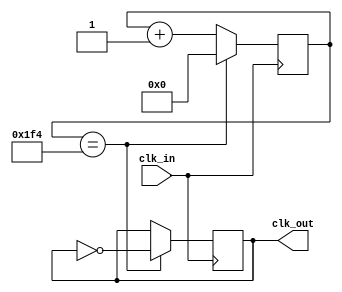
module fre_div(clk_in,clk_out);	//pwm
input clk_in;
output reg clk_out;

reg[19:0] count;


always@(posedge clk_in)
begin
	if(count==500)
		begin
			clk_out<=~clk_out;
			count<=0;
		end
	else
	begin
		count<=count+1;
	end
end

endmodule